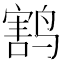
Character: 𱊟